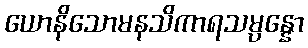
ယောနိသောမနသိကာရသမ္ပန္နော